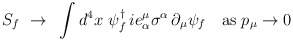
\begin{align*}S_{f}~\rightarrow ~\int d^{4}x~\psi _{f}^{\dagger }\,ie_{\alpha }^{\mu}\sigma ^{\alpha }\,\partial _{\mu }\psi _{f}\quad \mbox{as}\;p_{\mu}\rightarrow 0\end{align*}